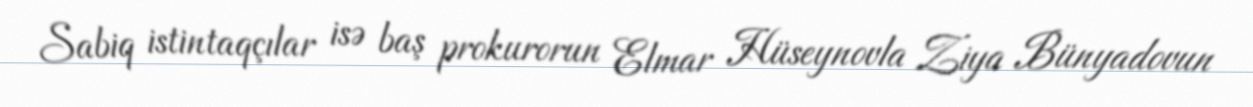
Sabiq istintaqçılar isə baş prokurorun Elmar Hüseynovla Ziya Bünyadovun